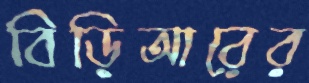
বিড়িআরের